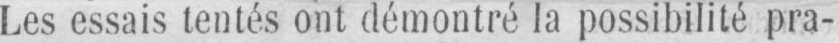
Les essais tentés ont démontré la possibilité pra-